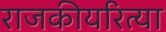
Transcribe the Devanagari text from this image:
राजकीयरित्या